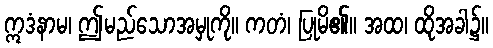
ဣဒံနာမ၊ ဤမည်သောအမှုကို။ ကတံ၊ ပြုမိ၏။ အထ၊ ထိုအခါ၌။